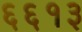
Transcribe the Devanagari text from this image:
६६१३